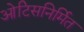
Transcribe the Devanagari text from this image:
ओटिसनिर्मित